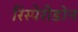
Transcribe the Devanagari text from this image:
रिस्पेरीडोन